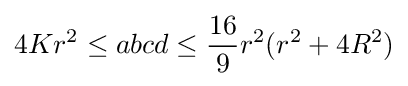
4Kr^{2}\leq abcd\leq {\frac {16}{9}}r^{2}(r^{2}+4R^{2})